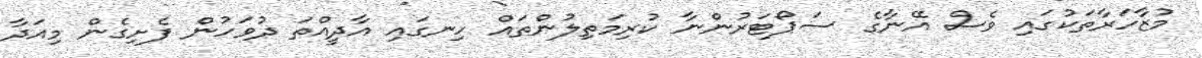
މުޒާހަރާތަކުގައި ވެސް އޭނާގެ ސަޕޯޓަރުންނާ ކުރިމަތިލުންތައް ހިނގައި އާދީއްތަ ދުވަހުން ފެށިގެން މިއަދާ